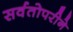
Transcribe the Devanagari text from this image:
सर्वतोपरीने